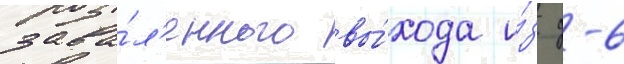
зава́л'енного вы́хода и́з д-6